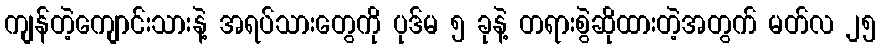
ကျန်တဲ့ကျောင်းသားနဲ့ အရပ်သားတွေကို ပုဒ်မ ၅ ခုနဲ့ တရားစွဲဆိုထားတဲ့အတွက် မတ်လ ၂၅